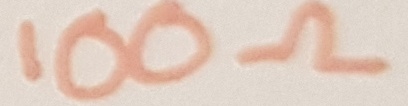
Text: 100Ω